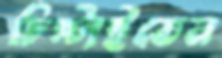
চিপ্‌টাইতেন